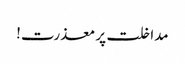
مداخلت پر معذرت!